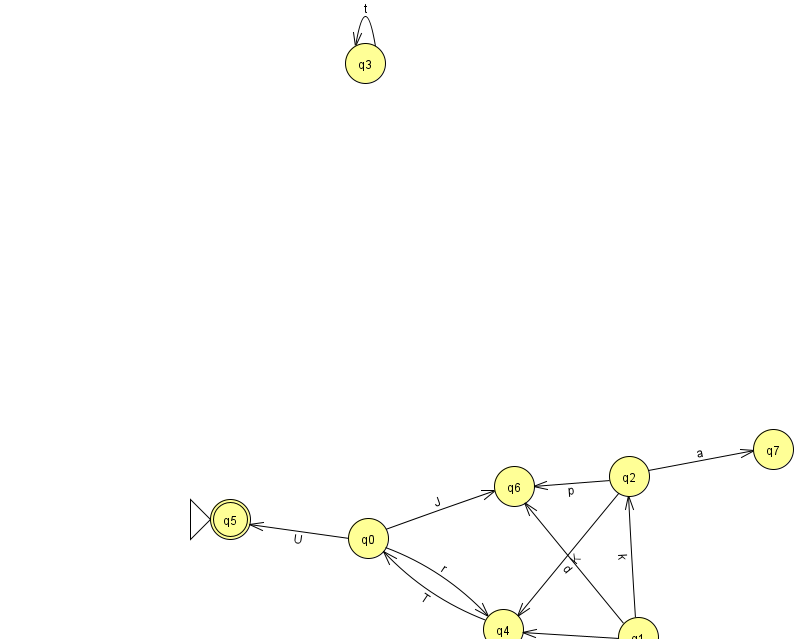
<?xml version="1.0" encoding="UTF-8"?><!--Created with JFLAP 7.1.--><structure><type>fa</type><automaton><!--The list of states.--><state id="0" name="q0"><x>368.0</x><y>525.0</y></state><state id="1" name="q1"><x>638.0</x><y>624.0</y></state><state id="2" name="q2"><x>629.0</x><y>463.0</y></state><state id="3" name="q3"><x>365.0</x><y>50.0</y></state><state id="4" name="q4"><x>503.0</x><y>616.0</y></state><state id="5" name="q5"><x>230.0</x><y>506.0</y><initial/><final/></state><state id="6" name="q6"><x>514.0</x><y>473.0</y></state><state id="7" name="q7"><x>773.0</x><y>436.0</y></state><!--The list of transitions.--><transition><from>0</from><to>6</to><read>J</read></transition><transition><from>1</from><to>4</to><read>M</read></transition><transition><from>1</from><to>2</to><read>k</read></transition><transition><from>2</from><to>6</to><read>p</read></transition><transition><from>3</from><to>3</to><read>t</read></transition><transition><from>0</from><to>5</to><read>U</read></transition><transition><from>4</from><to>0</to><read>T</read></transition><transition><from>2</from><to>7</to><read>a</read></transition><transition><from>0</from><to>4</to><read>r</read></transition><transition><from>1</from><to>6</to><read>d</read></transition><transition><from>2</from><to>4</to><read>K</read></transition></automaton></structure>